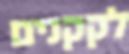
לקקנים